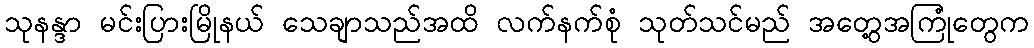
သုနန္ဒာ မင်းပြားမြိုနယ် သေချာသည်အထိ လက်နက်စုံ သုတ်သင်မည် အတွေ့အကြုံတွေက